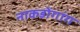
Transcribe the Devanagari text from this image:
नाकडोंगांग